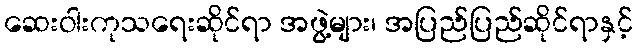
ဆေးဝါးကုသရေးဆိုင်ရာ အဖွဲ့များ၊ အပြည်ပြည်ဆိုင်ရာနှင့်